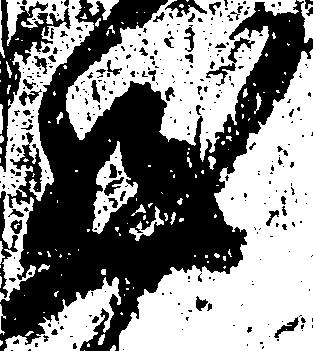
然